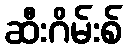
ဆီးဂိမ်းစ်